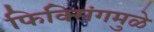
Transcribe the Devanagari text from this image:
फिक्सिंगमुळे